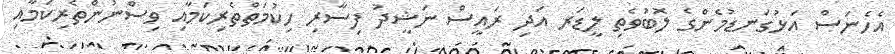
އެހެނަސް އަޅުގަނޑުމެންގެ ލޮބުވެތި ލީޑަރ އަދި ރައީސް ނަޝީދު ފިސާރި ހިކުމަތްތެރިކަމާއި ވިސްނުންތެރިކަމާއި